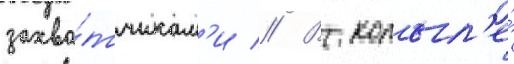
захва́тчикам'и // В копыл'е́